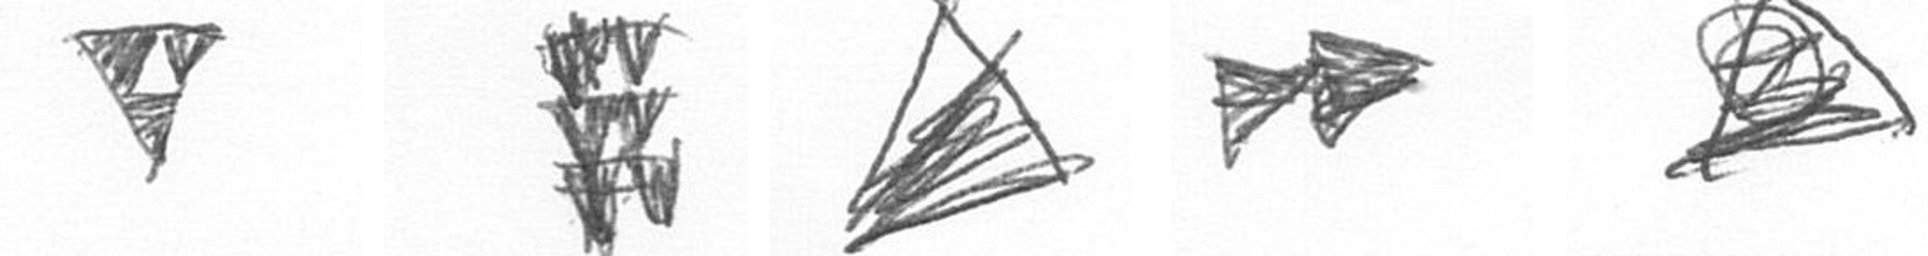
S Y O A O